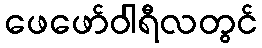
ဖေဖော်ဝါရီလတွင်